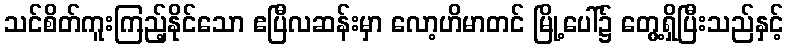
သင်စိတ်ကူးကြည့်နိုင်သော ဧပြီလဆန်းမှာ လော့ဟိမာတင် မြို့ပေါ်၌ တွေ့ရှိပြီးသည်နှင့်